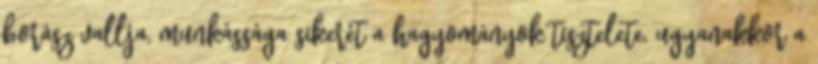
borász vallja, munkássága sikerét a hagyományok tisztelete, ugyanakkor a